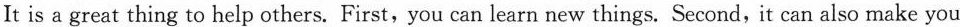
It is a great thing to help others. First,you can learn new things. Second,it can also make you